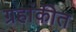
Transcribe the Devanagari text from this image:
ग्रहांकीत